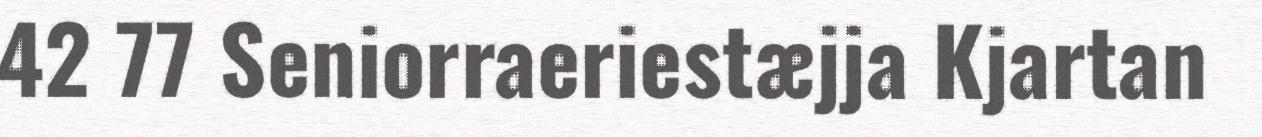
42 77 Seniorraeriestæjja Kjartan